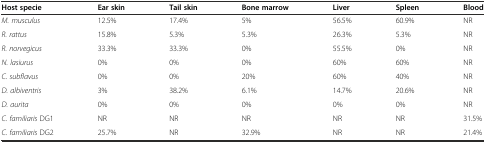
<table><thead><tr><td><b>Host specie</b></td><td><b>Ear skin</b></td><td><b>Tail skin</b></td><td><b>Bone marrow</b></td><td><b>Liver</b></td><td><b>Spleen</b></td><td><b>Blood</b></td></tr></thead><tbody><tr><td><i>M. musculus</i></td><td>12.5%</td><td>17.4%</td><td>5%</td><td>56.5%</td><td>60.9%</td><td>NR</td></tr><tr><td><i>R. rattus</i></td><td>15.8%</td><td>5.3%</td><td>5.3%</td><td>26.3%</td><td>5.3%</td><td>NR</td></tr><tr><td><i>R. norvegicus</i></td><td>33.3%</td><td>33.3%</td><td>0%</td><td>55.5%</td><td>0%</td><td>NR</td></tr><tr><td><i>N. lasiurus</i></td><td>0%</td><td>0%</td><td>0%</td><td>60%</td><td>60%</td><td>NR</td></tr><tr><td><i>C. subflavus</i></td><td>0%</td><td>0%</td><td>20%</td><td>60%</td><td>40%</td><td>NR</td></tr><tr><td><i>D. albiventris</i></td><td>3%</td><td>38.2%</td><td>6.1%</td><td>14.7%</td><td>20.6%</td><td>NR</td></tr><tr><td><i>D. aurita</i></td><td>0%</td><td>0%</td><td>0%</td><td>0%</td><td>0%</td><td>NR</td></tr><tr><td><i>C. familiaris</i> DG1</td><td>NR</td><td>NR</td><td>NR</td><td>NR</td><td>NR</td><td>31.5%</td></tr><tr><td><i>C. familiaris</i> DG2</td><td>25.7%</td><td>NR</td><td>32.9%</td><td>NR</td><td>NR</td><td>21.4%</td></tr></tbody></table>